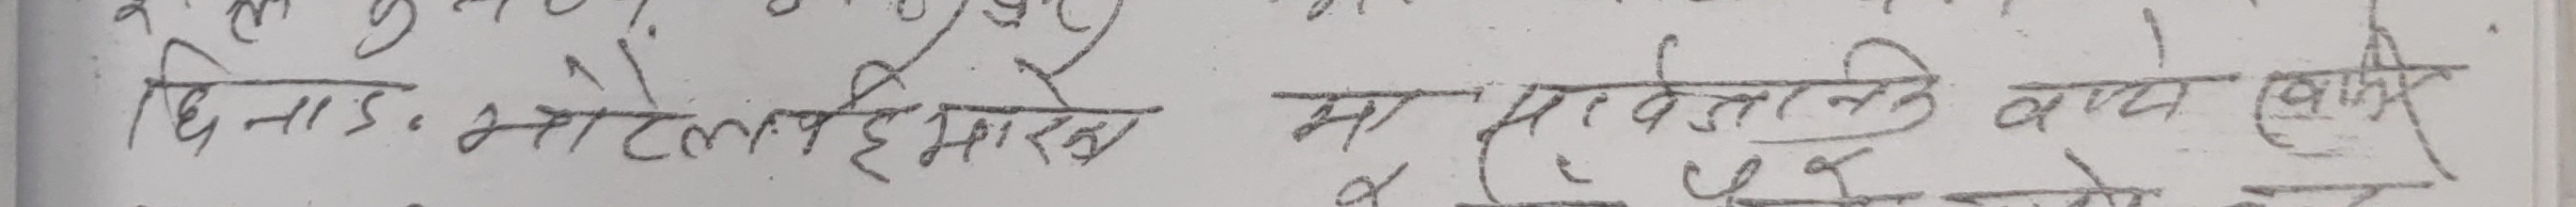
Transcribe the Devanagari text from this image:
दिनाड. भट्टलई हेमराज मा पर्वतिकि वास लेखाप